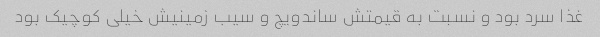
غذا سرد بود و نسبت به قیمتش ساندویچ و سیب زمینیش خیلی کوچیک بود